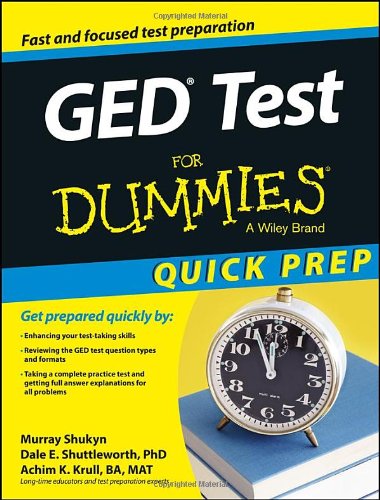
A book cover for GED Test For Dummies, Quick Prep; Murray Shukyn; Test Preparation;